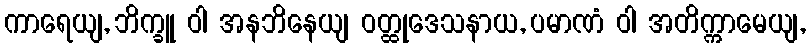
ကာရေယျ, ဘိက္ခူ ဝါ အနဘိနေယျ ဝတ္ထုဒေသနာယ, ပမာဏံ ဝါ အတိက္ကာမေယျ,